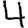
Digit: 4